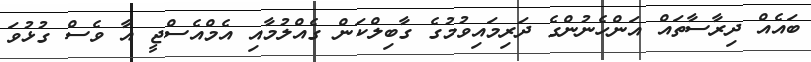
ބައެއް ދިރާސާތައް އަންހެނުންގެ ދަރިމައިވުމުގެ ގާބިލްކަން ގެއްލުމާއި އެމްއެސްޖީ އާ ވެސް ގުޅުވަ